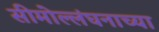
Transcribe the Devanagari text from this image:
सीमोल्लंघनाच्या